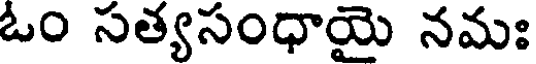
ఓం సత్యసంధాయై నమః